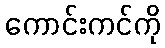
ကောင်းကင်ကို